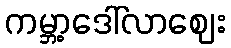
ကမ္ဘာ့ဒေါ်လာဈေး